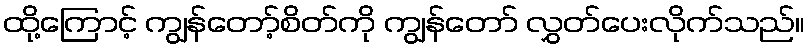
ထို့ကြောင့် ကျွန်တော့်စိတ်ကို ကျွန်တော် လွှတ်ပေးလိုက်သည်။